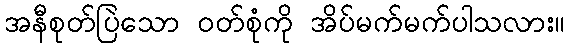
အနီစုတ်ပြဲသော ၀တ်စုံကို အိပ်မက်မက်ပါသလား။